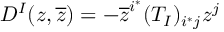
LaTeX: D ^ { I } ( z , \overline { { z } } ) = - \overline { { z } } ^ { i ^ { * } } ( T _ { I } ) _ { i ^ { * } j } z ^ { j }